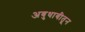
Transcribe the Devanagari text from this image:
अबुधाबीतून